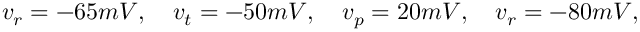
v _ { r } = - 6 5 m V , \quad v _ { t } = - 5 0 m V , \quad v _ { p } = 2 0 m V , \quad v _ { r } = - 8 0 m V ,